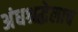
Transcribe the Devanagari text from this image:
अंधश्रद्धेलाच